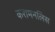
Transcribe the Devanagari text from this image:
करामनलिस